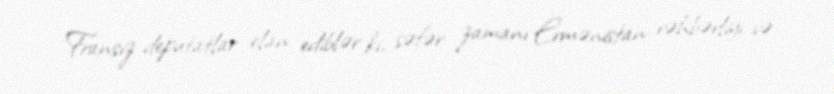
Fransız deputatlar elan ediblər ki, səfər zamanı Ermənistan rəhbərliyi və